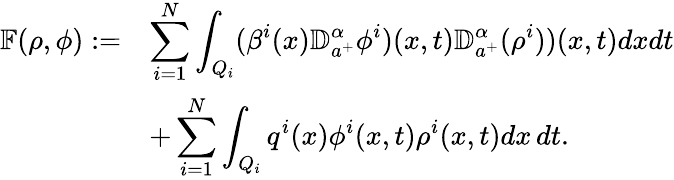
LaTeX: \begin{array}{rl}{\mathbb{F}(\rho,\phi):=}&{\displaystyle\sum_{i=1}^{N}\int_{Q_{i}}(\beta^{i}(x){\mathbb D}_{a^{+}}^{\alpha}\phi^{i})(x,t){\mathbb D}_{a^{+}}^{\alpha}(\rho^{i}))(x,t)dxdt}\\ &{+\displaystyle\sum_{i=1}^{N}\int_{Q_{i}}q^{i}(x)\phi^{i}(x,t)\rho^{i}(x,t)dx\, dt.}\end{array}